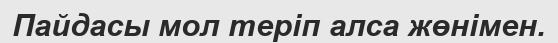
Пайдасы мол теріп алса жөнімен.